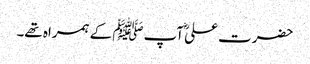
حضرت علیؓ آپﷺ کے ہمراہ تھے۔